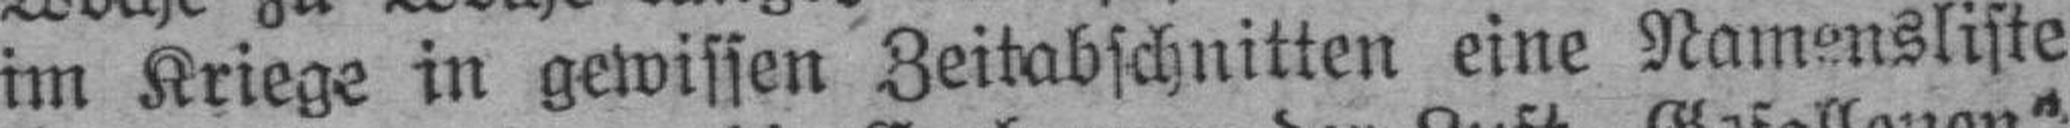
im Kriege in gewissen Zeitabschnitten eine Namensliste